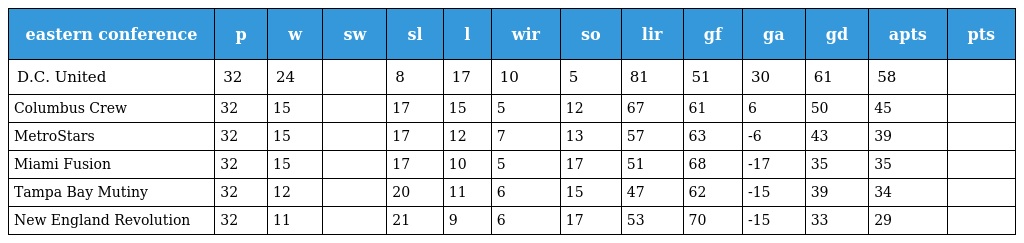
| eastern conference | p | w | sw | sl | l | wir | so | lir | gf | ga | gd | apts | pts |
 | --- | --- | --- | --- | --- | --- | --- | --- | --- | --- | --- | --- | --- | --- |
 | D.C. United | 32 | 24 |  | 8 | 17 | 10 | 5 | 81 | 51 | 30 | 61 | 58 |  |
 | Columbus Crew | 32 | 15 |  | 17 | 15 | 5 | 12 | 67 | 61 | 6 | 50 | 45 |  |
 | MetroStars | 32 | 15 |  | 17 | 12 | 7 | 13 | 57 | 63 | -6 | 43 | 39 |  |
 | Miami Fusion | 32 | 15 |  | 17 | 10 | 5 | 17 | 51 | 68 | -17 | 35 | 35 |  |
 | Tampa Bay Mutiny | 32 | 12 |  | 20 | 11 | 6 | 15 | 47 | 62 | -15 | 39 | 34 |  |
 | New England Revolution | 32 | 11 |  | 21 | 9 | 6 | 17 | 53 | 70 | -15 | 33 | 29 |  |